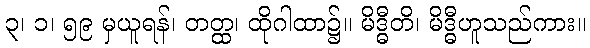
၃၊ ၁၊ ၅၉ မှယူရန်၊ တတ္ထ၊ ထိုဂါထာ၌။ မိဒ္ဓီတိ၊ မိဒ္ဓီဟူသည်ကား။